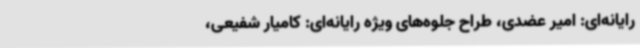
رایانه‌ای: امیر عضدی، طراح جلوه‌های ویژه رایانه‌ای: کامیار شفیعی،